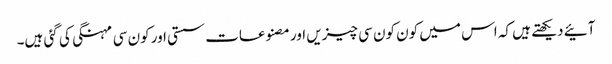
آئیے دیکھتے ہیں کہ اس میں کون کون سی چیزیں اور مصنوعات سستی اور کون سی مہنگی کی گئی ہیں۔